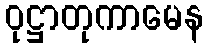
ဝုဋ္ဌာတုကာမေန